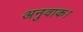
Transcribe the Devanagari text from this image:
अनुवाक।